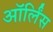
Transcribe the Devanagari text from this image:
ऑर्लिंस